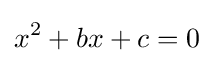
x^{2}+bx+c=0